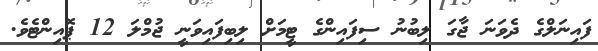
ފައިނަލްގެ ދެވަނަ ޖާގަ ލިބުނު ސިފައިންގެ ޓީމަށް ލިބިފައިވަނީ ޖުމްލަ 12 ޕޮއިންޓެވެ.